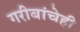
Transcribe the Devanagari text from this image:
गरीबांचेही